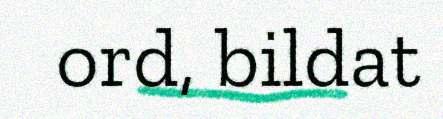
ord, bildat